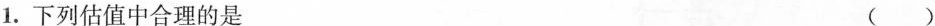
1.下列估值中合理的是()